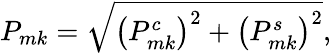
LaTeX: P_{mk}=\sqrt{\left(P_{mk}^{c}\right)^{2}+\left(P_{mk}^{s}\right)^{2}},